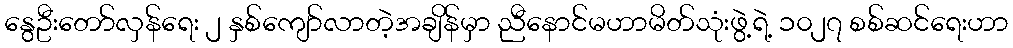
နွေဦးတော်လှန်ရေး ၂ နှစ်ကျော်လာတဲ့အချိန်မှာ ညီနောင်မဟာမိတ်သုံးဖွဲ့ရဲ့ ၁၀၂၇ စစ်ဆင်ရေးဟာ